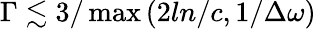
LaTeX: \Gamma\lesssim 3/\operatorname*{max}\left(2ln/c,1/\Delta\omega\right)